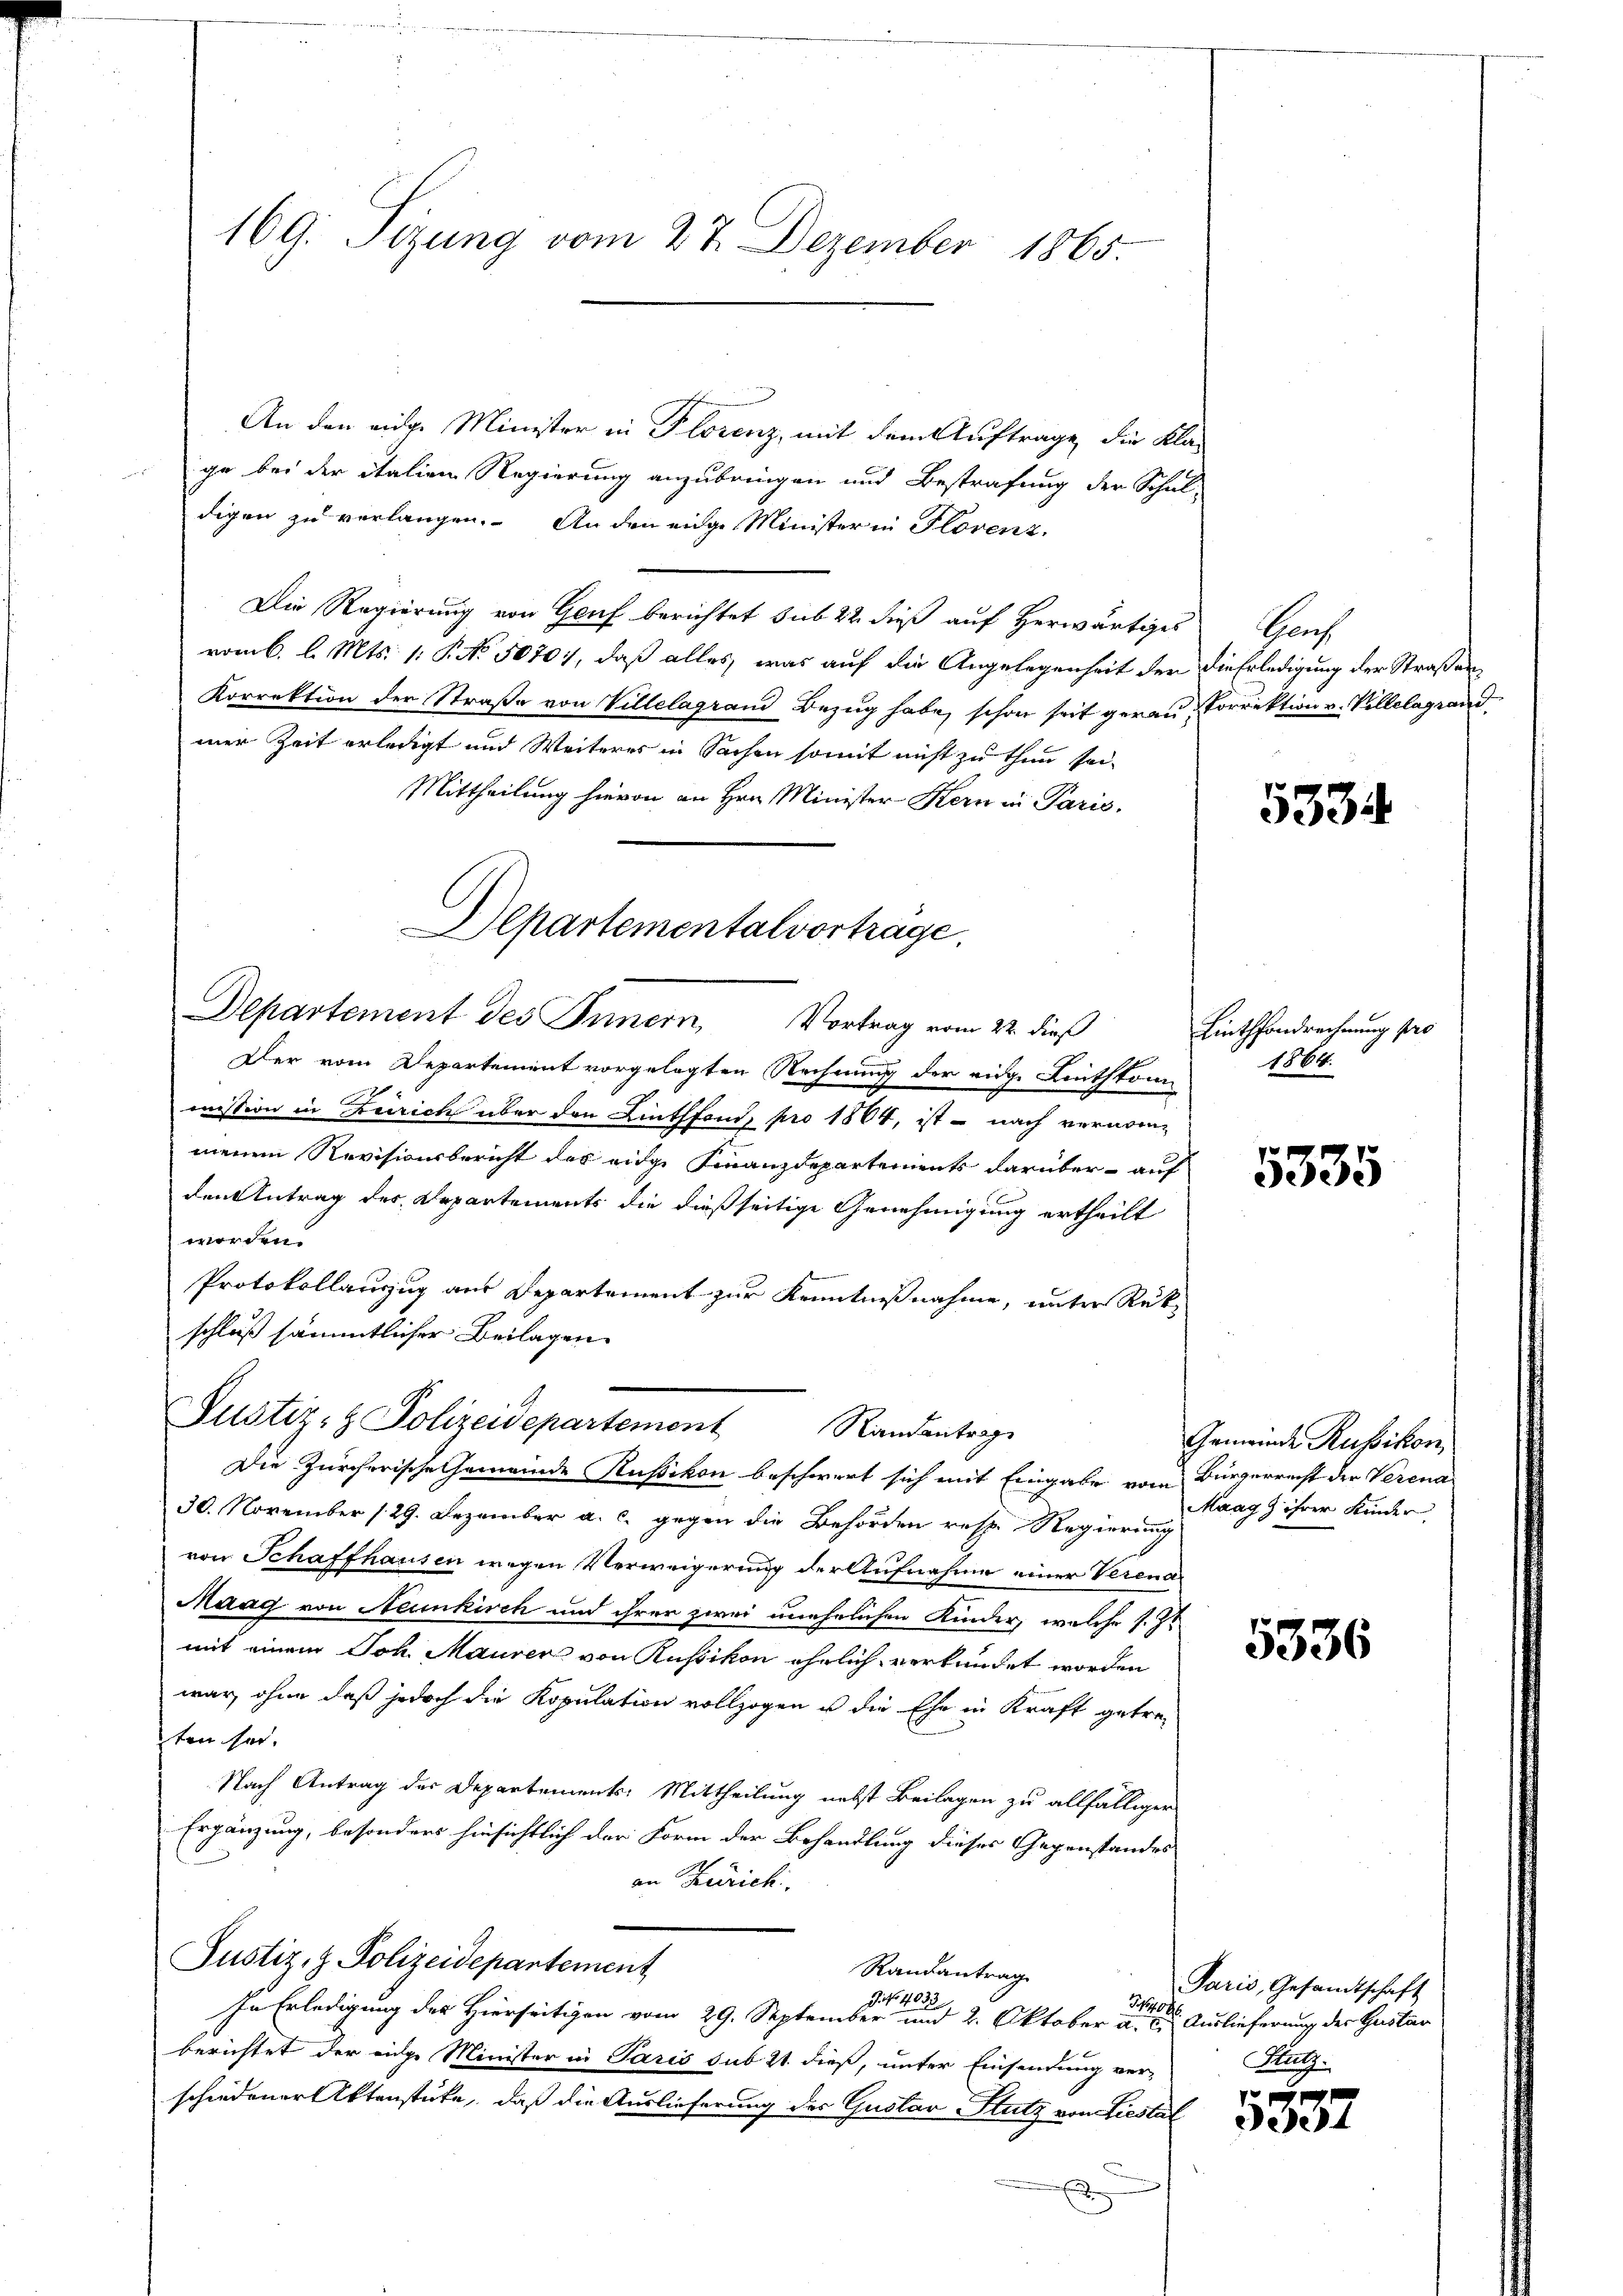
169. Sizung vom 27. Dezember 1865.

An den eidge Minister in Florenz, mit dem Auftrage, die Kla-
ge bei der italien Regierung anzubringen und Bestrafung der Schul-
digen zu verlangen. An den eige Minister in Florenz.
Die Regierung von Genf berichtet sub 22 dieß auf herwärtiges Genf
vomb. l. Mts. 1: P. No. 50701, daß alles, was auf die Angelegenheit der die Erledigung der Straßen¬
Korrektion der Straße von Villelagrand Bezug habe, schon seit gerau Korrektion v. Villelagrand
mer Zeit erledigt und Weiteres in Sachen somit nicht zu thun sei.
Mittheilung hievon an Hrn. Minister Kern in Paris.
Der vom Departement vorgelegten Rechnung der eige Linthkau 1864.
mission in Zürich über den Linthfond, pro 1864, ist – nach vernommeinen Revisionsbericht des eidge Finanzdepartements darüber auf
den Antrag der Departements die dießseitige Genehmigung ertheilt
worden.
Protokollanzug aus Departement zur Kenntnißnahme, unter Rek
schluß sämmtlicher Beilagen
Justiz- & Polizeidepartement
Randantrag
Die Zürcherische Gemeinde Rußikon beschwert sich mit Eingabe vom Bürgerrecht der Verena
30. November 129. Dezember a. c. gegen die Behörden resp. Regierung
von Schaffhausen wegen Verweigerung der Aufnahme einer Verena
Maag von Neunkirch und ihrer zwei unehelichen Kinder, welche s. Zt
mit einem Joh. Maurer von Russikon ehrlich verkündet worden
war, ohne daß jedoch die Kopulation vollzogen ist die Ehe in Kraft getreten sei.
Nach Antrag der Departements: Mittheilung nebst Beilagen zu allfälliger
Ergänzung, besonders hinsichtlich der Form der Behandlung dieses Gegenstandes
an Zürich
Justiz- & Polizeidepartement
Randantrag
No 76.
In Erledigung des Hierseitigen vom 29. September und 2. Oktober a. a. Auslieferung der Gustan
berichtet der eige Minister in Paris sub 21. dieß, unter Einsendung ver-
schiedener Aktenstücke, daß die Auslieferung der Gustav Stutz von Liestal
e
x

Alpartementalvortrage
Departement des Innern, Vortrag vom 22. dieß

5334

Linthhondrechnung pro

5335

Gemeinde Russikon,
Maag & ihrer Kinder

5336

Paris, Gesandtschaft
Klegg

5337